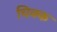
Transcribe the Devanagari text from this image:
चिक्क